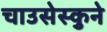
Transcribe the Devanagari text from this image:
चाउसेस्कुने